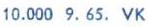
10.000 9.65. VK